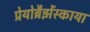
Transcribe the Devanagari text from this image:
प्रेयोब्रैझेंस्काया